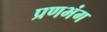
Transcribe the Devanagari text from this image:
प्रणभंग